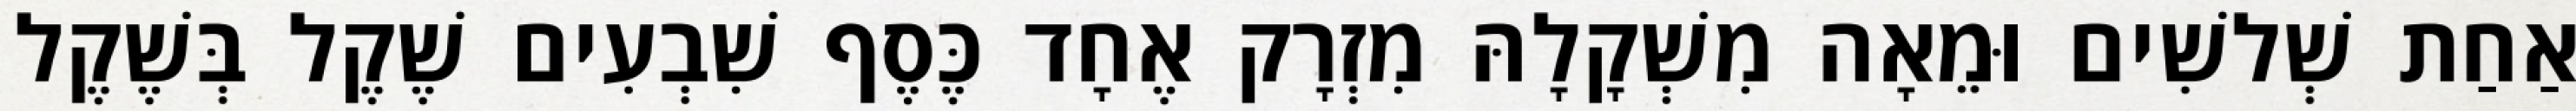
אַחַת שְׁלשִׁים וּמֵאָה מִשְׁקָלָהּ מִזְרָק אֶחָד כֶּסֶף שִׁבְעִים שֶׁקֶל בְּשֶׁקֶל